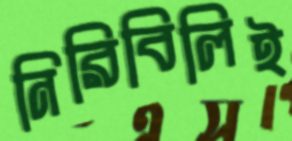
নিরিবিলিই